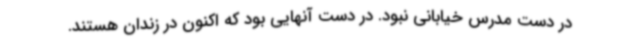
در دست مدرس خیابانی نبود. در دست آنهایی بود که اکنون در زندان هستند.